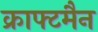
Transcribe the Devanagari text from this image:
क्राफ्टमैन